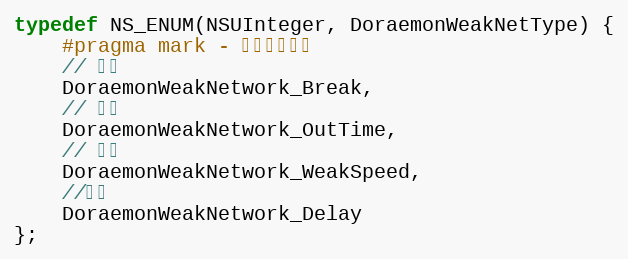
Language: C
typedef NS_ENUM(NSUInteger, DoraemonWeakNetType) {
    #pragma mark - 弱网选项对应
    // 断网
    DoraemonWeakNetwork_Break,
    // 超时
    DoraemonWeakNetwork_OutTime,
    // 限网
    DoraemonWeakNetwork_WeakSpeed,
    //延时
    DoraemonWeakNetwork_Delay
};